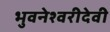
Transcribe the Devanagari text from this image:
भुवनेश्वरीदेवी